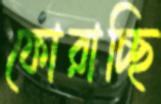
ফোরাচ্ছি